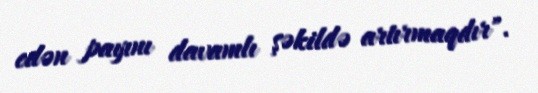
edən payını davamlı şəkildə artırmaqdır".